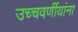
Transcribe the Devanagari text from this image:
उच्चवर्णीयांना